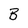
Character: B